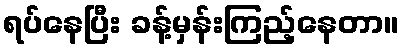
ရပ်နေပြီး ခန့်မှန်းကြည့်နေတာ။